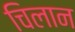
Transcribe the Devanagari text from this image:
चिलान